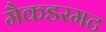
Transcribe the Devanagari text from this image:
मैकडरमट